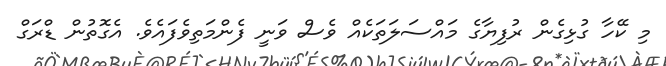
މި ކޭހާ ގުޅިގެން ރުފިޔާގެ މައްސަލަތަކެއް ވެސް ވަނީ ފެންމަތިވެފައެވެ. އެގޮތުން ޑްރަގް